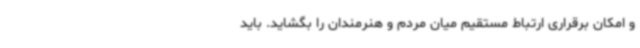
و امکان برقراری ارتباط مستقیم میان مردم و هنرمندان را بگشاید. باید